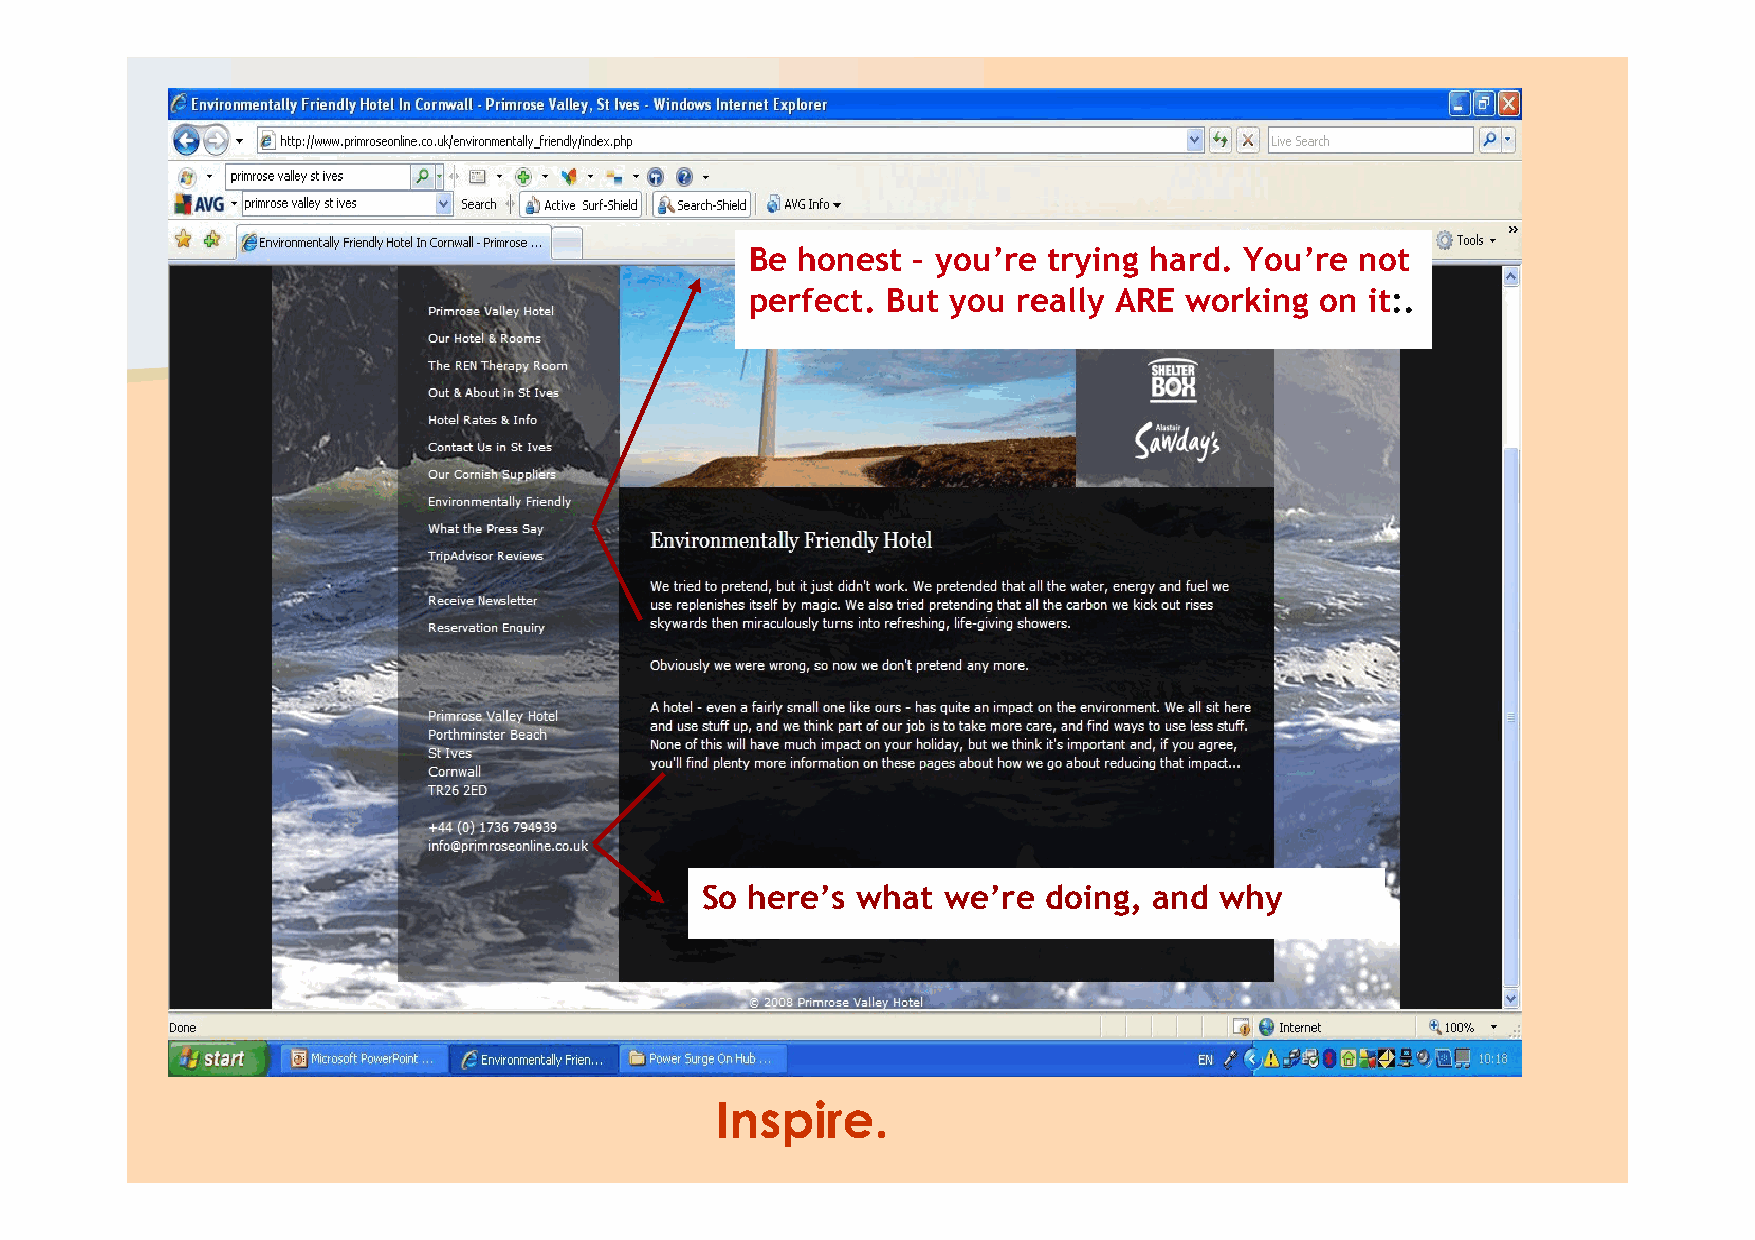
Be honest – you’re trying hard. You’re  not
 perfect. But you really ARE working  on  it:.
 So here’s  what we’re  doing, and  why
 Inspire.